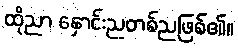
ထိုညာ နှောင်းညတစ်ညဖြစ်၏။